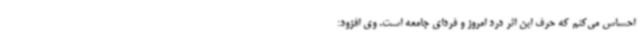
احساس می‌کنم که حرف این اثر درد امروز و فردای جامعه است. وی افزود: